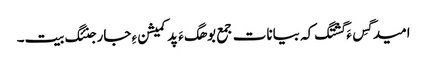
امید گِس ءَ گشتگ کہ بیانات جمع بوھگ ءَ پد کمیشن ءِ جار جنئگ بیت۔